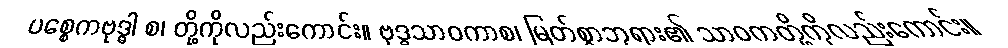
ပစ္စေကဗုဒ္ဓါ စ၊ တို့ကိုလည်းကောင်း။ ဗုဒ္ဓသာဝကာစ၊ မြတ်စွာဘုရား၏ သာဝကတို့ကိုလည်းကောင်း။